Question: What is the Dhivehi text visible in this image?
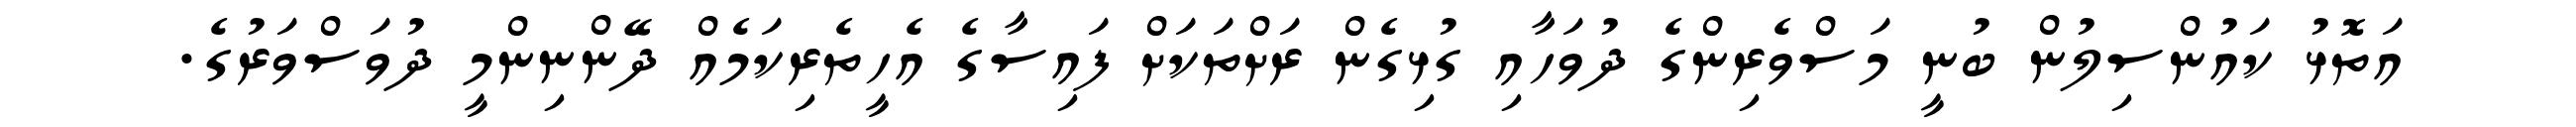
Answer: އަތޮޅު ކައުންސިލުން ބުނީ މަސްވެރިންގެ ދުވަހާއި ގުޅިގެން ރަށްތަކަށް ފައިސާގެ އެހީތެރިކަމެއް ދޭންނިންމީ ދުވަސްވަރުގެ.